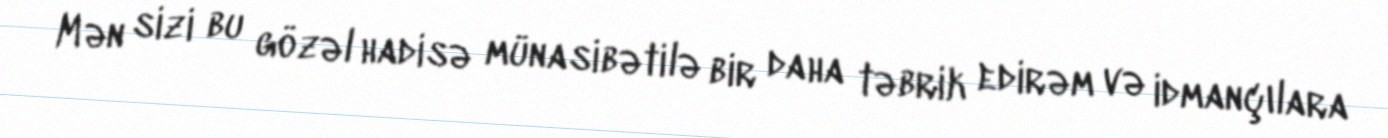
Mən sizi bu gözəl hadisə münasibətilə bir daha təbrik edirəm və idmançılara